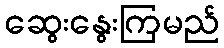
ဆွေးနွေးကြမည်